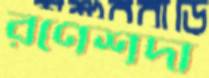
রণেশদা